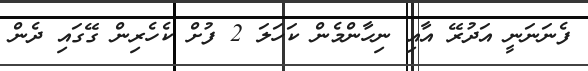
ފެނަނަނީ އަދުރޭ އާއި ނިހާންމެން ކަހަލަ 2 ފުށް ކެހެރިން ގޭގައި ދެން